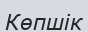
Көпшік